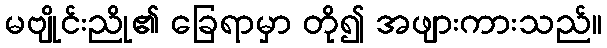
မဗျိုင်းညို၏ ခြေရာမှာ တို၍ အဖျားကားသည်။